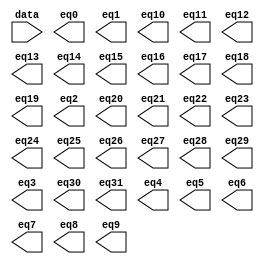
// megafunction wizard: %LPM_DECODE%VBB%
// GENERATION: STANDARD
// VERSION: WM1.0
// MODULE: LPM_DECODE 

// ============================================================
// Megafunction Name(s):
// 			LPM_DECODE
//
// Simulation Library Files(s):
// 			lpm
// ============================================================
// ************************************************************
// THIS IS A WIZARD-GENERATED FILE. DO NOT EDIT THIS FILE!
//
// 18.1.0 Build 625 09/12/2018 SJ Lite Edition
// ************************************************************

//Copyright (C) 2018  Intel Corporation. All rights reserved.
//Your use of Intel Corporation's design tools, logic functions 
//and other software and tools, and its AMPP partner logic 
//functions, and any output files from any of the foregoing 
//(including device programming or simulation files), and any 
//associated documentation or information are expressly subject 
//to the terms and conditions of the Intel Program License 
//Subscription Agreement, the Intel Quartus Prime License Agreement,
//the Intel FPGA IP License Agreement, or other applicable license
//agreement, including, without limitation, that your use is for
//the sole purpose of programming logic devices manufactured by
//Intel and sold by Intel or its authorized distributors.  Please
//refer to the applicable agreement for further details.

module INSTRUCTION_decoder (
	data,
	eq0,
	eq1,
	eq10,
	eq11,
	eq12,
	eq13,
	eq14,
	eq15,
	eq16,
	eq17,
	eq18,
	eq19,
	eq2,
	eq20,
	eq21,
	eq22,
	eq23,
	eq24,
	eq25,
	eq26,
	eq27,
	eq28,
	eq29,
	eq3,
	eq30,
	eq31,
	eq4,
	eq5,
	eq6,
	eq7,
	eq8,
	eq9);

	input	[4:0]  data;
	output	  eq0;
	output	  eq1;
	output	  eq10;
	output	  eq11;
	output	  eq12;
	output	  eq13;
	output	  eq14;
	output	  eq15;
	output	  eq16;
	output	  eq17;
	output	  eq18;
	output	  eq19;
	output	  eq2;
	output	  eq20;
	output	  eq21;
	output	  eq22;
	output	  eq23;
	output	  eq24;
	output	  eq25;
	output	  eq26;
	output	  eq27;
	output	  eq28;
	output	  eq29;
	output	  eq3;
	output	  eq30;
	output	  eq31;
	output	  eq4;
	output	  eq5;
	output	  eq6;
	output	  eq7;
	output	  eq8;
	output	  eq9;

endmodule

// ============================================================
// CNX file retrieval info
// ============================================================
// Retrieval info: PRIVATE: BaseDec NUMERIC "1"
// Retrieval info: PRIVATE: EnableInput NUMERIC "0"
// Retrieval info: PRIVATE: INTENDED_DEVICE_FAMILY STRING "Cyclone IV E"
// Retrieval info: PRIVATE: LPM_PIPELINE NUMERIC "0"
// Retrieval info: PRIVATE: Latency NUMERIC "0"
// Retrieval info: PRIVATE: SYNTH_WRAPPER_GEN_POSTFIX STRING "0"
// Retrieval info: PRIVATE: aclr NUMERIC "0"
// Retrieval info: PRIVATE: clken NUMERIC "0"
// Retrieval info: PRIVATE: eq0 NUMERIC "1"
// Retrieval info: PRIVATE: eq1 NUMERIC "1"
// Retrieval info: PRIVATE: eq10 NUMERIC "1"
// Retrieval info: PRIVATE: eq11 NUMERIC "1"
// Retrieval info: PRIVATE: eq12 NUMERIC "1"
// Retrieval info: PRIVATE: eq13 NUMERIC "1"
// Retrieval info: PRIVATE: eq14 NUMERIC "1"
// Retrieval info: PRIVATE: eq15 NUMERIC "1"
// Retrieval info: PRIVATE: eq16 NUMERIC "1"
// Retrieval info: PRIVATE: eq17 NUMERIC "1"
// Retrieval info: PRIVATE: eq18 NUMERIC "1"
// Retrieval info: PRIVATE: eq19 NUMERIC "1"
// Retrieval info: PRIVATE: eq2 NUMERIC "1"
// Retrieval info: PRIVATE: eq20 NUMERIC "1"
// Retrieval info: PRIVATE: eq21 NUMERIC "1"
// Retrieval info: PRIVATE: eq22 NUMERIC "1"
// Retrieval info: PRIVATE: eq23 NUMERIC "1"
// Retrieval info: PRIVATE: eq24 NUMERIC "1"
// Retrieval info: PRIVATE: eq25 NUMERIC "1"
// Retrieval info: PRIVATE: eq26 NUMERIC "1"
// Retrieval info: PRIVATE: eq27 NUMERIC "1"
// Retrieval info: PRIVATE: eq28 NUMERIC "1"
// Retrieval info: PRIVATE: eq29 NUMERIC "1"
// Retrieval info: PRIVATE: eq3 NUMERIC "1"
// Retrieval info: PRIVATE: eq30 NUMERIC "1"
// Retrieval info: PRIVATE: eq31 NUMERIC "1"
// Retrieval info: PRIVATE: eq4 NUMERIC "1"
// Retrieval info: PRIVATE: eq5 NUMERIC "1"
// Retrieval info: PRIVATE: eq6 NUMERIC "1"
// Retrieval info: PRIVATE: eq7 NUMERIC "1"
// Retrieval info: PRIVATE: eq8 NUMERIC "1"
// Retrieval info: PRIVATE: eq9 NUMERIC "1"
// Retrieval info: PRIVATE: nBit NUMERIC "5"
// Retrieval info: PRIVATE: new_diagram STRING "1"
// Retrieval info: LIBRARY: lpm lpm.lpm_components.all
// Retrieval info: CONSTANT: LPM_DECODES NUMERIC "32"
// Retrieval info: CONSTANT: LPM_TYPE STRING "LPM_DECODE"
// Retrieval info: CONSTANT: LPM_WIDTH NUMERIC "5"
// Retrieval info: USED_PORT: @eq 0 0 32 0 OUTPUT NODEFVAL "@eq[31..0]"
// Retrieval info: USED_PORT: data 0 0 5 0 INPUT NODEFVAL "data[4..0]"
// Retrieval info: USED_PORT: eq0 0 0 0 0 OUTPUT NODEFVAL "eq0"
// Retrieval info: USED_PORT: eq1 0 0 0 0 OUTPUT NODEFVAL "eq1"
// Retrieval info: USED_PORT: eq10 0 0 0 0 OUTPUT NODEFVAL "eq10"
// Retrieval info: USED_PORT: eq11 0 0 0 0 OUTPUT NODEFVAL "eq11"
// Retrieval info: USED_PORT: eq12 0 0 0 0 OUTPUT NODEFVAL "eq12"
// Retrieval info: USED_PORT: eq13 0 0 0 0 OUTPUT NODEFVAL "eq13"
// Retrieval info: USED_PORT: eq14 0 0 0 0 OUTPUT NODEFVAL "eq14"
// Retrieval info: USED_PORT: eq15 0 0 0 0 OUTPUT NODEFVAL "eq15"
// Retrieval info: USED_PORT: eq16 0 0 0 0 OUTPUT NODEFVAL "eq16"
// Retrieval info: USED_PORT: eq17 0 0 0 0 OUTPUT NODEFVAL "eq17"
// Retrieval info: USED_PORT: eq18 0 0 0 0 OUTPUT NODEFVAL "eq18"
// Retrieval info: USED_PORT: eq19 0 0 0 0 OUTPUT NODEFVAL "eq19"
// Retrieval info: USED_PORT: eq2 0 0 0 0 OUTPUT NODEFVAL "eq2"
// Retrieval info: USED_PORT: eq20 0 0 0 0 OUTPUT NODEFVAL "eq20"
// Retrieval info: USED_PORT: eq21 0 0 0 0 OUTPUT NODEFVAL "eq21"
// Retrieval info: USED_PORT: eq22 0 0 0 0 OUTPUT NODEFVAL "eq22"
// Retrieval info: USED_PORT: eq23 0 0 0 0 OUTPUT NODEFVAL "eq23"
// Retrieval info: USED_PORT: eq24 0 0 0 0 OUTPUT NODEFVAL "eq24"
// Retrieval info: USED_PORT: eq25 0 0 0 0 OUTPUT NODEFVAL "eq25"
// Retrieval info: USED_PORT: eq26 0 0 0 0 OUTPUT NODEFVAL "eq26"
// Retrieval info: USED_PORT: eq27 0 0 0 0 OUTPUT NODEFVAL "eq27"
// Retrieval info: USED_PORT: eq28 0 0 0 0 OUTPUT NODEFVAL "eq28"
// Retrieval info: USED_PORT: eq29 0 0 0 0 OUTPUT NODEFVAL "eq29"
// Retrieval info: USED_PORT: eq3 0 0 0 0 OUTPUT NODEFVAL "eq3"
// Retrieval info: USED_PORT: eq30 0 0 0 0 OUTPUT NODEFVAL "eq30"
// Retrieval info: USED_PORT: eq31 0 0 0 0 OUTPUT NODEFVAL "eq31"
// Retrieval info: USED_PORT: eq4 0 0 0 0 OUTPUT NODEFVAL "eq4"
// Retrieval info: USED_PORT: eq5 0 0 0 0 OUTPUT NODEFVAL "eq5"
// Retrieval info: USED_PORT: eq6 0 0 0 0 OUTPUT NODEFVAL "eq6"
// Retrieval info: USED_PORT: eq7 0 0 0 0 OUTPUT NODEFVAL "eq7"
// Retrieval info: USED_PORT: eq8 0 0 0 0 OUTPUT NODEFVAL "eq8"
// Retrieval info: USED_PORT: eq9 0 0 0 0 OUTPUT NODEFVAL "eq9"
// Retrieval info: CONNECT: @data 0 0 5 0 data 0 0 5 0
// Retrieval info: CONNECT: eq0 0 0 0 0 @eq 0 0 1 0
// Retrieval info: CONNECT: eq1 0 0 0 0 @eq 0 0 1 1
// Retrieval info: CONNECT: eq10 0 0 0 0 @eq 0 0 1 10
// Retrieval info: CONNECT: eq11 0 0 0 0 @eq 0 0 1 11
// Retrieval info: CONNECT: eq12 0 0 0 0 @eq 0 0 1 12
// Retrieval info: CONNECT: eq13 0 0 0 0 @eq 0 0 1 13
// Retrieval info: CONNECT: eq14 0 0 0 0 @eq 0 0 1 14
// Retrieval info: CONNECT: eq15 0 0 0 0 @eq 0 0 1 15
// Retrieval info: CONNECT: eq16 0 0 0 0 @eq 0 0 1 16
// Retrieval info: CONNECT: eq17 0 0 0 0 @eq 0 0 1 17
// Retrieval info: CONNECT: eq18 0 0 0 0 @eq 0 0 1 18
// Retrieval info: CONNECT: eq19 0 0 0 0 @eq 0 0 1 19
// Retrieval info: CONNECT: eq2 0 0 0 0 @eq 0 0 1 2
// Retrieval info: CONNECT: eq20 0 0 0 0 @eq 0 0 1 20
// Retrieval info: CONNECT: eq21 0 0 0 0 @eq 0 0 1 21
// Retrieval info: CONNECT: eq22 0 0 0 0 @eq 0 0 1 22
// Retrieval info: CONNECT: eq23 0 0 0 0 @eq 0 0 1 23
// Retrieval info: CONNECT: eq24 0 0 0 0 @eq 0 0 1 24
// Retrieval info: CONNECT: eq25 0 0 0 0 @eq 0 0 1 25
// Retrieval info: CONNECT: eq26 0 0 0 0 @eq 0 0 1 26
// Retrieval info: CONNECT: eq27 0 0 0 0 @eq 0 0 1 27
// Retrieval info: CONNECT: eq28 0 0 0 0 @eq 0 0 1 28
// Retrieval info: CONNECT: eq29 0 0 0 0 @eq 0 0 1 29
// Retrieval info: CONNECT: eq3 0 0 0 0 @eq 0 0 1 3
// Retrieval info: CONNECT: eq30 0 0 0 0 @eq 0 0 1 30
// Retrieval info: CONNECT: eq31 0 0 0 0 @eq 0 0 1 31
// Retrieval info: CONNECT: eq4 0 0 0 0 @eq 0 0 1 4
// Retrieval info: CONNECT: eq5 0 0 0 0 @eq 0 0 1 5
// Retrieval info: CONNECT: eq6 0 0 0 0 @eq 0 0 1 6
// Retrieval info: CONNECT: eq7 0 0 0 0 @eq 0 0 1 7
// Retrieval info: CONNECT: eq8 0 0 0 0 @eq 0 0 1 8
// Retrieval info: CONNECT: eq9 0 0 0 0 @eq 0 0 1 9
// Retrieval info: GEN_FILE: TYPE_NORMAL INSTRUCTION_decoder.v TRUE
// Retrieval info: GEN_FILE: TYPE_NORMAL INSTRUCTION_decoder.inc FALSE
// Retrieval info: GEN_FILE: TYPE_NORMAL INSTRUCTION_decoder.cmp FALSE
// Retrieval info: GEN_FILE: TYPE_NORMAL INSTRUCTION_decoder.bsf TRUE
// Retrieval info: GEN_FILE: TYPE_NORMAL INSTRUCTION_decoder_inst.v FALSE
// Retrieval info: GEN_FILE: TYPE_NORMAL INSTRUCTION_decoder_bb.v TRUE
// Retrieval info: LIB_FILE: lpm